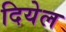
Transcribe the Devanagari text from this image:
दियेल